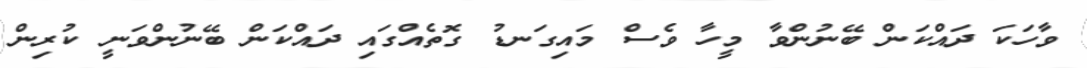
ވާހަކަ ދައްކަން ބޭނުންވާ މީހާ ވެސް މައިގަނޑު ގޮތެއްގައި ދައްކަން ބޭނުންވަނީ ކުރިން